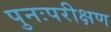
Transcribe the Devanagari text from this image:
पुनःपरीक्षण